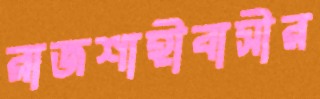
রাজশাহীবাসীর